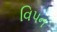
વિપન